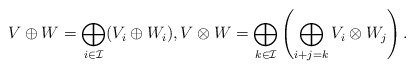
\begin{align*}V \oplus W = \bigoplus_{i \in \mathcal{I}}(V_i \oplus W_i), V \otimes W = \bigoplus_{k \in \mathcal{I}}\left(\bigoplus_{i+j=k} V_i \otimes W_j\right).\end{align*}